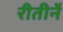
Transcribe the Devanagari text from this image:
रीतीर्ने